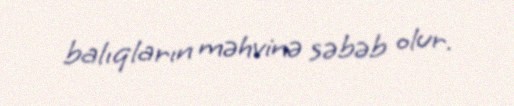
balıqların məhvinə səbəb olur.